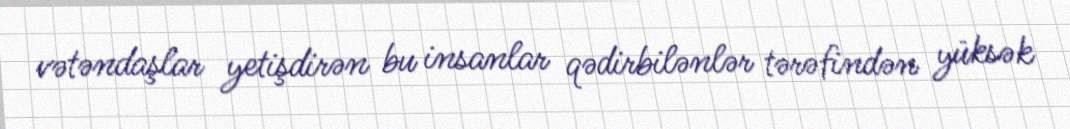
vətəndaşlar yetişdirən bu insanlar qədirbilənlər tərəfindən yüksək